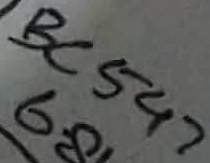
Text: BC547